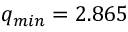
q _ { m i n } = 2 . 8 6 5